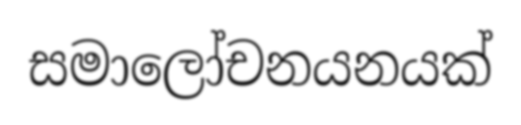
සමාලෝචනයනයක්